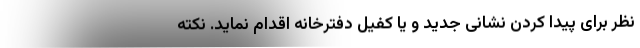
نظر برای پیدا کردن نشانی جدید و یا کفیل دفترخانه اقدام نماید. نکته